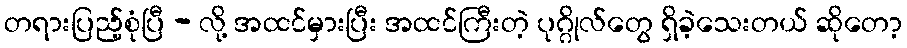
တရားပြည့်စုံပြီ - လို့ အထင်မှားပြီး အထင်ကြီးတဲ့ ပုဂ္ဂိုလ်တွေ ရှိခဲ့သေးတယ် ဆိုတော့